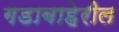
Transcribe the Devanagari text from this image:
गडाबाहेरील